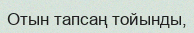
Отын тапсаң тойынды,